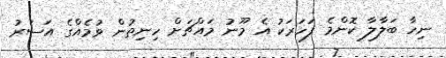
ނިހާ ބަލާލާ ކޮންމެ ފަހަރަކު އެ މޫނު މައްޗަށް ހިނިތުން ވުމެއްގެ އަސަރު